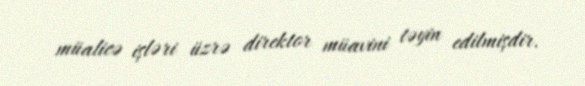
müalicə işləri üzrə direktor müavini təyin edilmişdir.